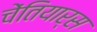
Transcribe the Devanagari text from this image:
चेंतियार्स